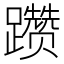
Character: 躜